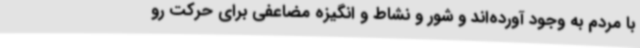
با مردم به وجود آورده‌اند و شور و نشاط و انگیزه مضاعفی برای حرکت رو